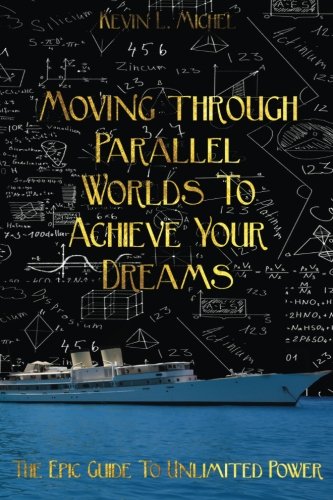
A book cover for Moving Through Parallel Worlds To Achieve Your Dreams: The Epic Guide To Unlimited Power; Kevin L Michel; Science & Math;